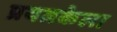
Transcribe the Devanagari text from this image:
प्रयत्नकेला